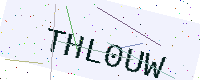
Text: THL0UW